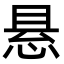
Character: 悬